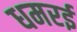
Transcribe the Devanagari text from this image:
धमरई